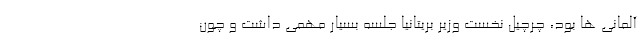
آلمانی ها بود، چرچیل نخست وزیر بریتانیا جلسه بسیار مهمی داشت و چون